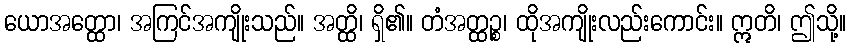
ယောအတ္ထော၊ အကြင်အကျိုးသည်။ အတ္ထိ၊ ရှိ၏။ တံအတ္ထဉ္စ၊ ထိုအကျိုးလည်းကောင်း။ ဣတိ၊ ဤသို့။